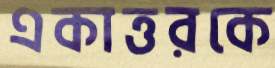
একাত্তরকে